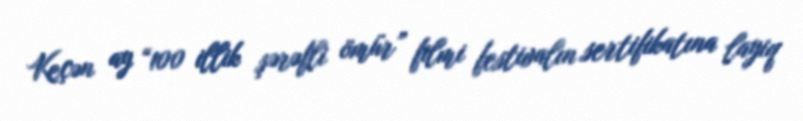
Keçən ay “100 illik şərəfli ömür” filmi festivalın sertifikatına layiq